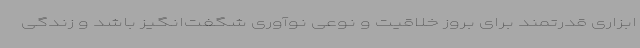
ابزاری قدرتمند برای بروز خلاقیت و نوعی نوآوری شگفت‌انگیز باشد و زندگی